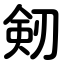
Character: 剱